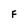
Character: F